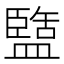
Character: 盬